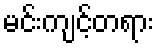
မင်းကျင့်တရား